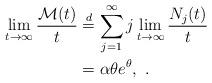
LaTeX: \begin{align*}\lim_{t\to\infty}\frac{\mathcal{M}(t)}{t}&\stackrel{d}{=}\sum_{j=1}^{\infty}j\lim_{t\to\infty}\frac{N_{j}(t)}{t}\\&=\alpha \theta e^{\theta},\ .\end{align*}